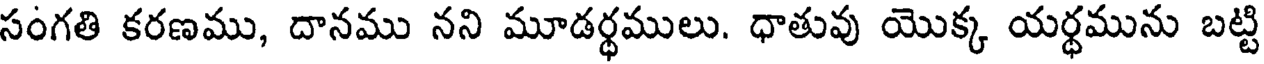
సంగతి కరణము, దానము నని మూడర్థములు. ధాతువు యొక్క యర్థమును బట్టి